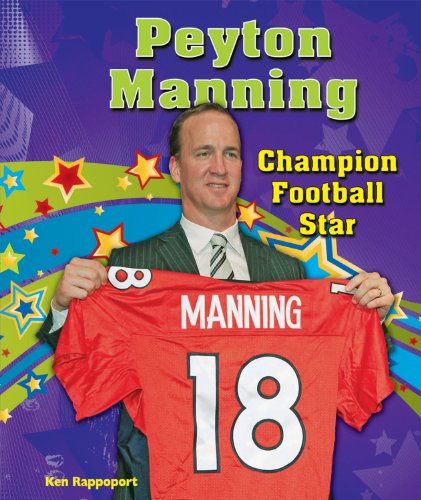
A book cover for Peyton Manning: Champion Football Star (Sports Star Champions); Ken Rappoport; Teen & Young Adult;